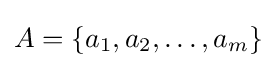
A=\{a_{1},a_{2},\dots ,a_{m}\}